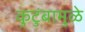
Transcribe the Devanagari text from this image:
कुटुंबामुळे